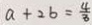
a + 2 b = \frac { 4 } { 3 }